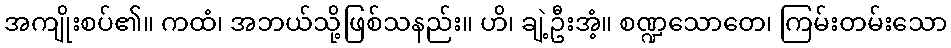
အကျိုးစပ်၏။ ကထံ၊ အဘယ်သို့ဖြစ်သနည်း။ ဟိ၊ ချဲ့ဦးအံ့။ စဏ္ဍသောတေ၊ ကြမ်းတမ်းသော